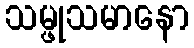
သမ္ဖုသမာနော